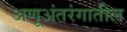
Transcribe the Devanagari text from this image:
अणूअंतरंगातील